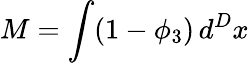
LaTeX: M=\int(1-\phi_{3})\, d^{D}x